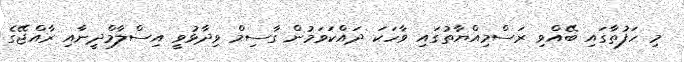
މި ހަފުތާގައި ބޭއްވި ރަސްމިއްޔާތުގައި ވާހަކަ ދައްކަވަމުން ގާސިމް ވިދާޅުވީ އިސްލާމްދީނާއި ރާއްޖޭގެ